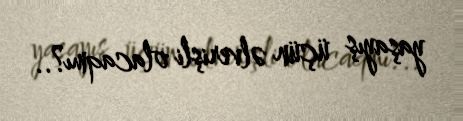
yaşayış üçün əlverişli olacaqmı?..